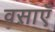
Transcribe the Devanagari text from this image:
वसाएँ